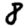
Digit: 8